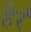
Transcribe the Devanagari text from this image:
हेर्र